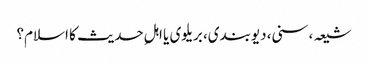
شیعہ، سنی، دیوبندی، بریلوی یا اہلِ حدیث کا اسلام؟